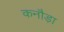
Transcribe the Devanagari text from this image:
कनौड़ा